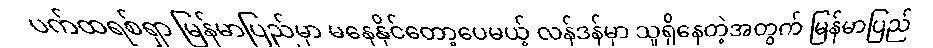
ပက်ထရစ်ရှာ မြန်မာပြည်မှာ မနေနိုင်တော့ပေမယ့် လန်ဒန်မှာ သူရှိနေတဲ့အတွက် မြန်မာပြည်